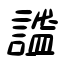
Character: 謐